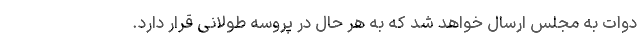
دوات به مجلس ارسال خواهد شد که به هر حال در پروسه طولانی قرار دارد.